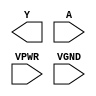
module sky130_fd_sc_hs__clkinv (
    Y   ,
    A   ,
    VPWR,
    VGND
);

    output Y   ;
    input  A   ;
    input  VPWR;
    input  VGND;
endmodule